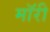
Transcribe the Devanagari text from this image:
मॉरी